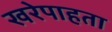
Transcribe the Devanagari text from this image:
खरेपाहता